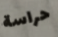
حراسة